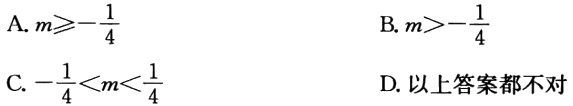
A. \(m\geqslant-\frac{1}{4}\)

B. \(m>-\frac{1}{4}\)

C. \(-\frac{1}{4}<m<\frac{1}{4}\)

D. 以上答案都不对